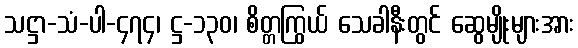
သဋ္ဌာ-သံ-ပါ-၄၇၄၊ ဋ္ဌ-၁၃၀၊ စိတ္တကြွယ် သေခါနီးတွင် ဆွေမျိုးများအား